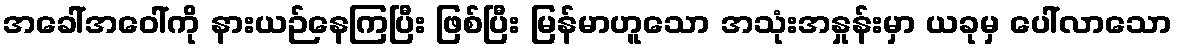
အခေါ်အဝေါ်ကို နားယဉ်နေကြပြီး ဖြစ်ပြီး မြန်မာဟူသော အသုံးအနှုန်းမှာ ယခုမှ ပေါ်လာသော